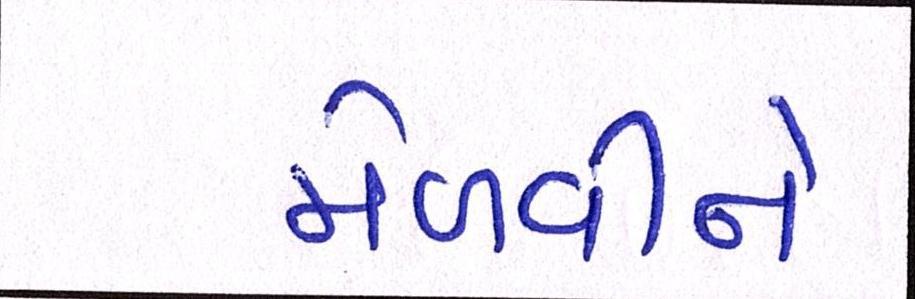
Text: મેળવીને